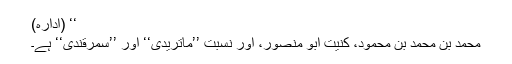
‘‘ (ادارہ)
محمد بن محمد بن محمود، کنیت ابو منصور، اور نسبت ’’ماتریدی‘‘ اور ’’سمرقندی‘‘ ہے۔